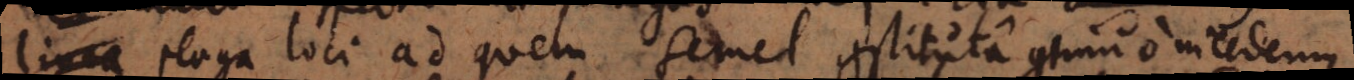
linea plaga loci ad quem semel constituta continuo incedemus